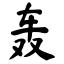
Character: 轰